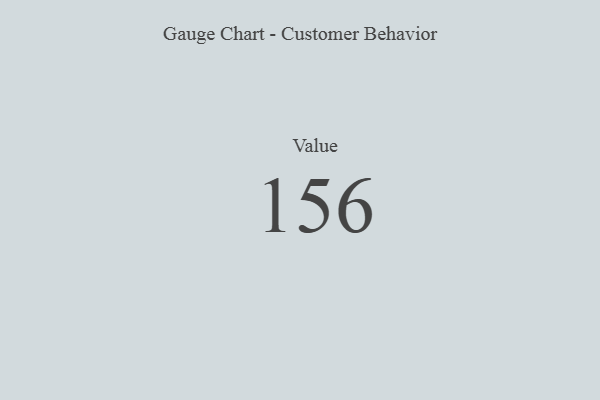
{"axis": {"x": "Metric", "y": "Value"}, "legend": [""], "data": [{"x": "Value", "y": 156, "type": ""}]}